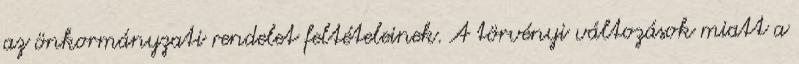
az önkormányzati rendelet feltételeinek. A törvényi változások miatt a